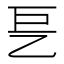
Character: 乬